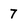
Character: 7